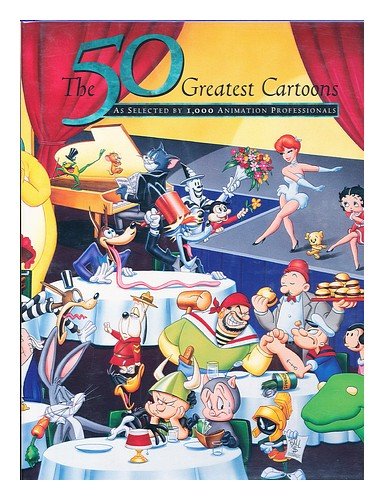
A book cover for The 50 Greatest Cartoons: As Selected by 1,000 Animation Professionals; Humor & Entertainment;